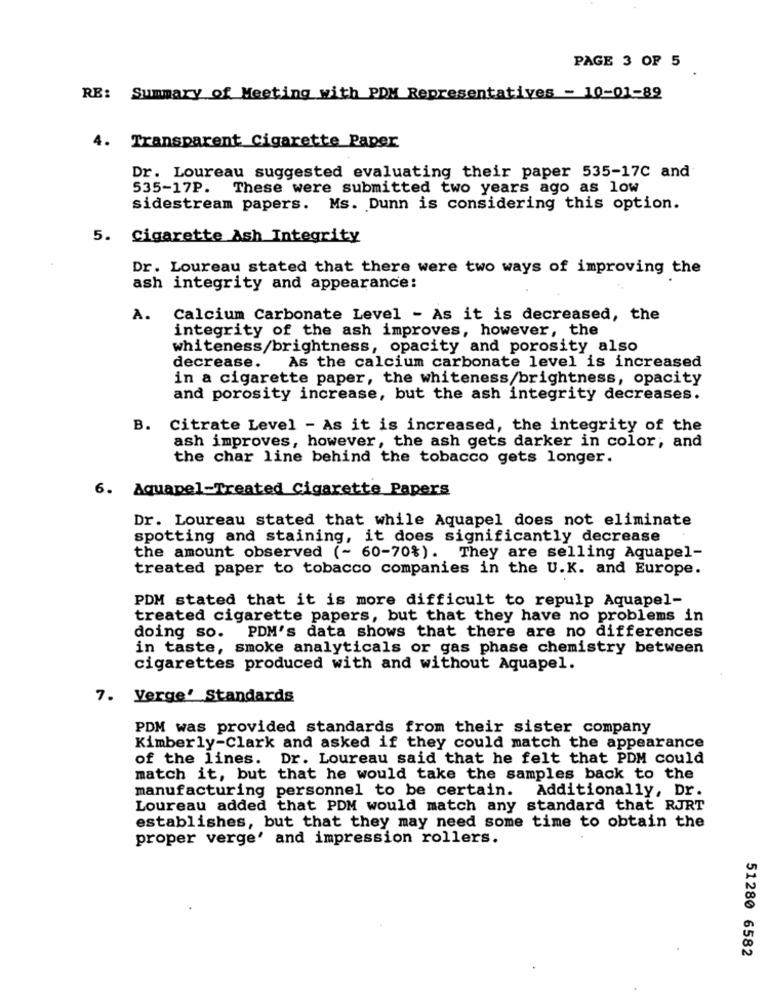
PAGE 3 OF 5
RE: Summary of Meeting with PDM Representatives - 10-01-89
4.
Transparent Cigarette Paper
Dr. Loureau suggested evaluating their paper 535-17C and
535-17P.
These were submitted two years ago as low
sidestream papers. Ms. Dunn is considering this option.
5. Cigarette Ash Integrity
Dr. Loureau stated that there were two ways of improving the
ash integrity and appearance:
A.
Calcium Carbonate Level - As it is decreased, the
integrity of the ash improves, however, the
whiteness/brightness, opacity and porosity also
decrease.
As the calcium carbonate level is increased
in a cigarette paper, the whiteness/brightness, opacity
and porosity increase, but the ash integrity decreases.
B. Citrate Level - As it is increased, the integrity of the
ash improves, however, the ash gets darker in color; and
the char line behind the tobacco gets longer.
6. Aquapel-Treated Cigarette Papers
Dr. Loureau stated that while Aquapel does not eliminate
spotting and staining, it does significantly decrease
the amount observed (- 60-70%). They are selling Aquapel-
treated paper to tobacco companies in the U.K. and Europe.
PDM stated that it is more difficult to repulp Aquapel-
treated cigarette papers, but that they have no problems in
doing so. PDM's data shows that there are no differences
in taste, smoke analyticals or gas phase chemistry between
cigarettes produced with and without Aquapel.
7. Verge' Standards
PDM was provided standards from their sister company
Kimberly-Clark and asked if they could match the appearance
of the lines.
Dr. Loureau said that he felt that PDM could
match it, but that he would take the samples back to the
manufacturing personnel to be certain. Additionally, Dr.
Loureau added that PDM would match any standard that RJRT
establishes, but that they may need some time to obtain the
proper verge' and impression rollers.
51280 6582